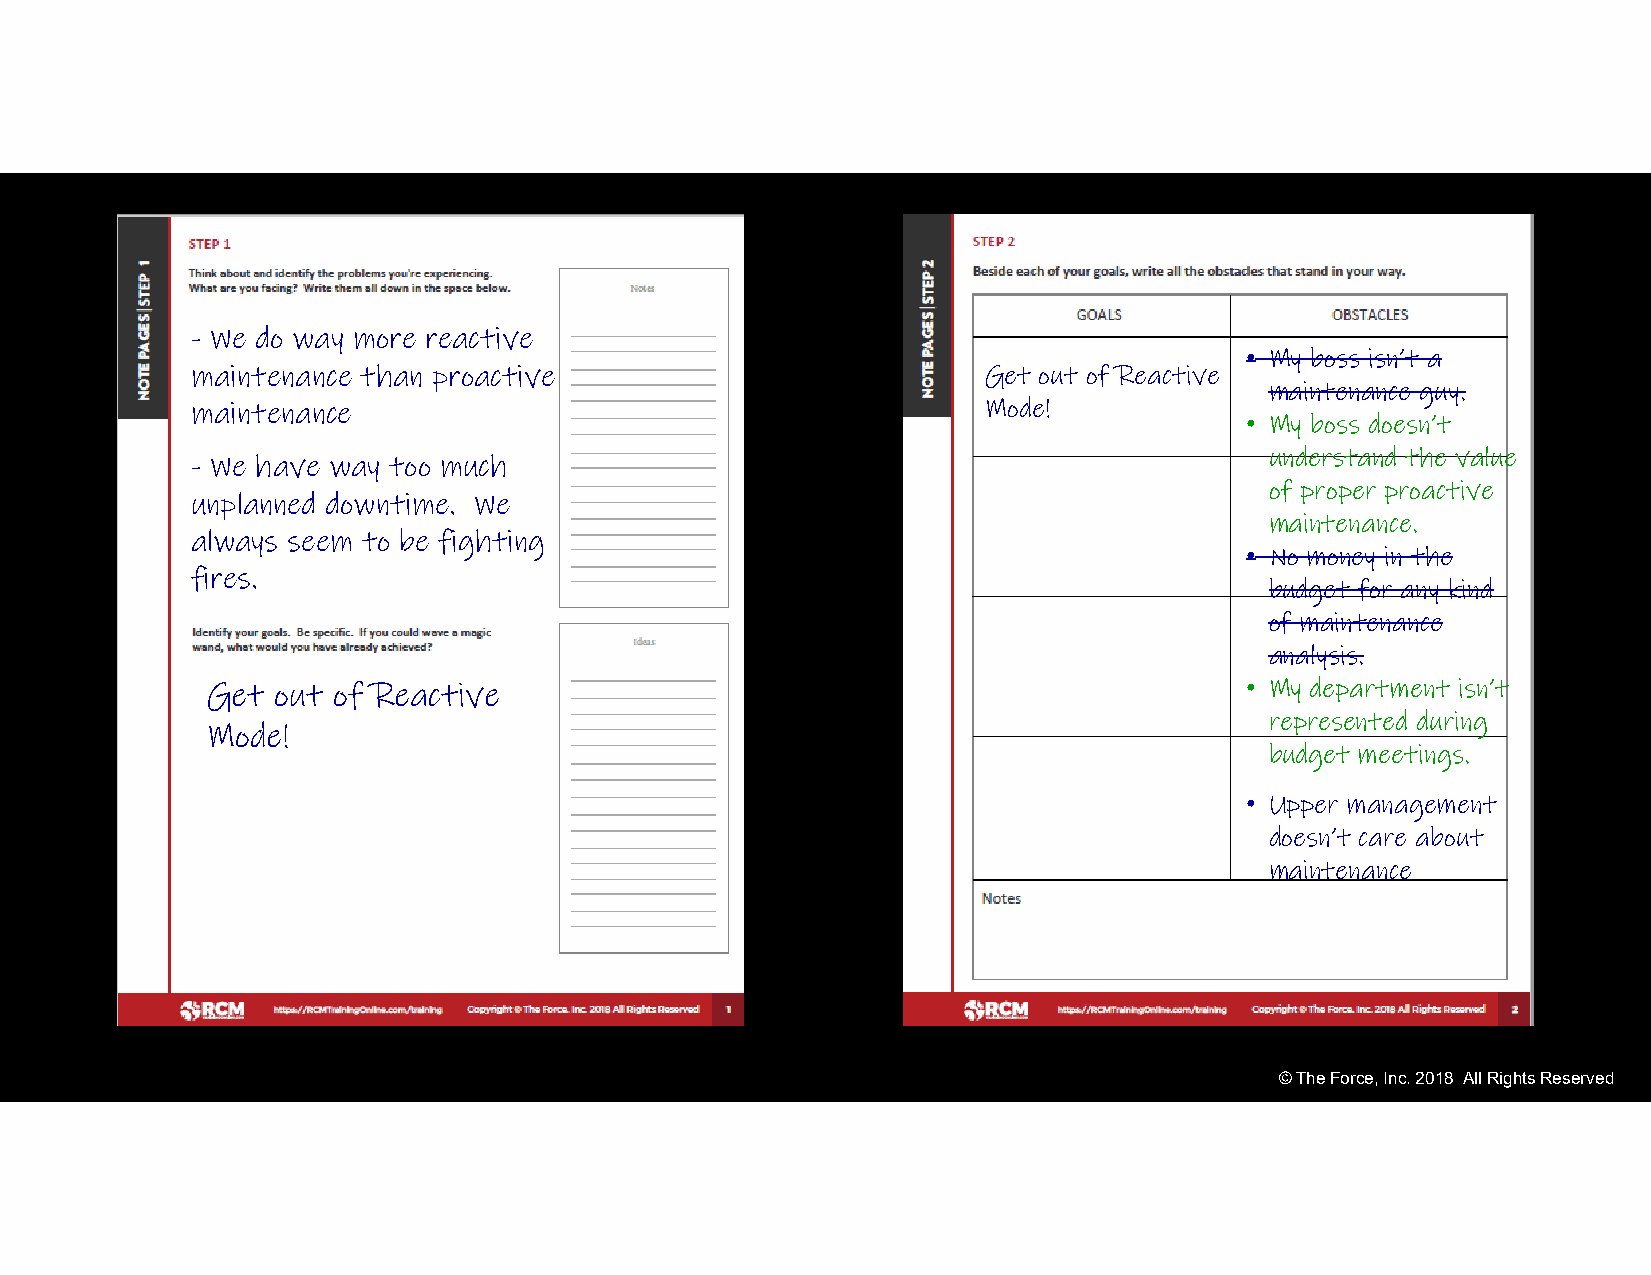
- We do way more reactive
 • My boss isn’t a
 maintenance than proactive                          Get out of Reactive
 maintenance guy.
 maintenance                                         Mode!
 • My boss doesn’t
 understand the value
 - We have way too much
 of proper proactive
 unplanned downtime. We
 maintenance.
 always seem to be fighting
 • No money in the
 fires.
 budget for any kind
 of maintenance
 analysis.
 Get out of Reactive                                                 • My department isn’t
 represented during
 Mode!
 budget meetings.
 • Upper management
 doesn’t care about
 maintenance
 © The Force, Inc. 2018 All Rights Reserved